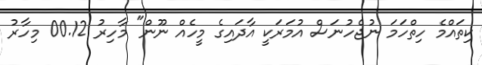
ކިތައްމެ ހިތްހަމަ ނުޖެހުނަސް އުމަރަކީ އާދައިގެ މީހެއް ނޫން" މާހިރު 00.12 މިހާރު